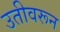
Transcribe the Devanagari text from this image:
उतीवरून